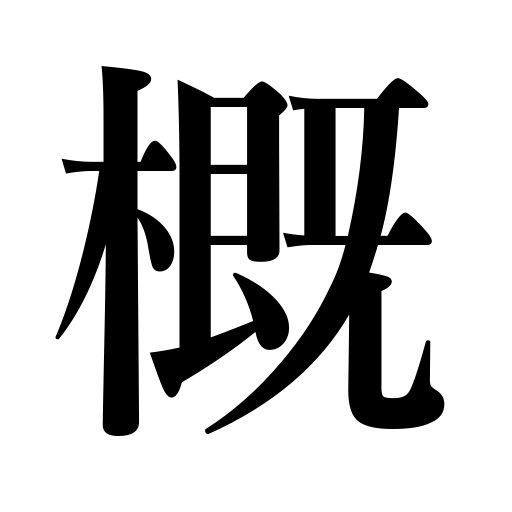
Meanings: approximation,situation,condition